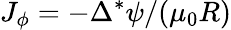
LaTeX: J_{\phi}=-\Delta^{*}\psi/(\mu_{0}R)